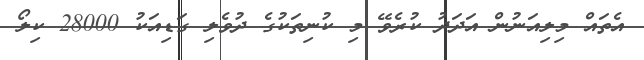
އެތައް މިލިއަނުން އަދަދު ކުރެވޭ މި ކުނިތަކުގެ ދުވެލި ގަޑިއަކު 28000 ކިލޯ